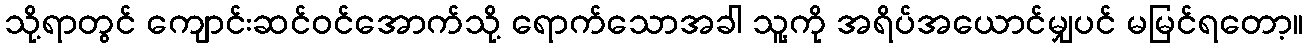
သို့ရာတွင် ကျောင်းဆင်ဝင်အောက်သို့ ရောက်သောအခါ သူ့ကို အရိပ်အယောင်မျှပင် မမြင်ရတော့။